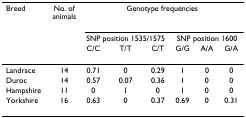
<table><thead><tr><td><b>Breed</b></td><td><b>No. of animals</b></td><td colspan="6"><b>Genotype frequencies</b></td></tr><tr><td></td><td></td><td colspan="3"><b>SNP position 1535/1575</b></td><td colspan="3"><b>SNP position 1600</b></td></tr><tr><td></td><td></td><td><b>C/C</b></td><td><b>T/T</b></td><td><b>C/T</b></td><td><b>G/G</b></td><td><b>A/A</b></td><td><b>G/A</b></td></tr></thead><tbody><tr><td>Landrace</td><td>14</td><td>0.71</td><td>0</td><td>0.29</td><td>1</td><td>0</td><td>0</td></tr><tr><td>Duroc</td><td>14</td><td>0.57</td><td>0.07</td><td>0.36</td><td>1</td><td>0</td><td>0</td></tr><tr><td>Hampshire</td><td>11</td><td>0</td><td>1</td><td>0</td><td>1</td><td>0</td><td>0</td></tr><tr><td>Yorkshire</td><td>16</td><td>0.63</td><td>0</td><td>0.37</td><td>0.69</td><td>0</td><td>0.31</td></tr></tbody></table>